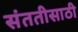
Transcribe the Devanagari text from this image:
संततीसाठी